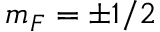
m _ { F } = \pm 1 / 2